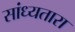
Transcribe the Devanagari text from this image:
सांध्यतारा